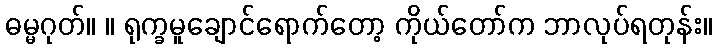
ဓမ္မဂုတ်။ ။ ရုက္ခမူချောင်ရောက်တော့ ကိုယ်တော်က ဘာလုပ်ရတုန်း။